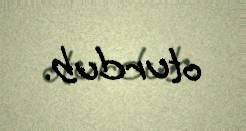
oturdub.